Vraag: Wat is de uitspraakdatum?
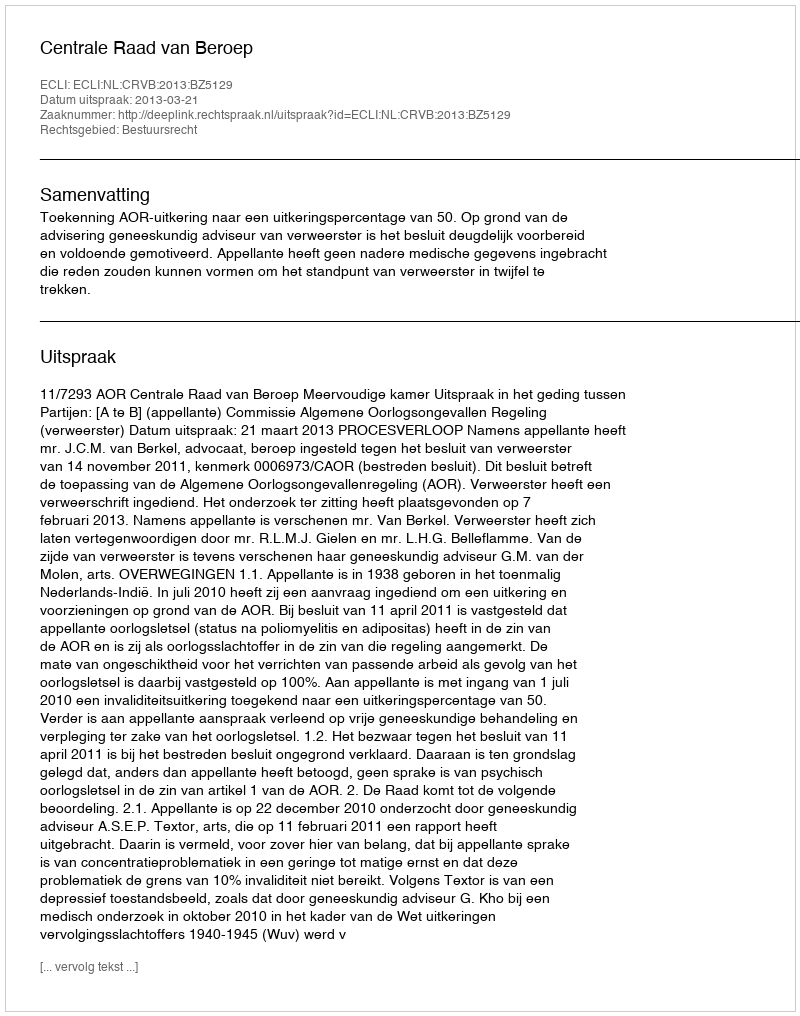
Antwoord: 2013-03-21